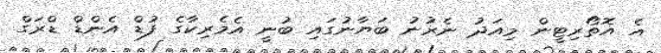
އެ އޮތޯރިޓީން މިއަދު ނެރުނު ބަޔާނުގައި ބުނީ އެމެރިކާގެ ފުޑް އެންޑް ޑްރަގް